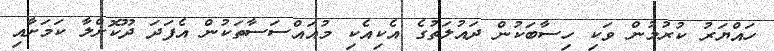
ހައްޔަރު ކުރުމުން ވަކި ހިސާބަކުން ދައުލަތުގެ އެކިއެކި މުއައްސަސާތަކުން އެފަދަ ދޫކޮށްލާ ކަމަށާއި